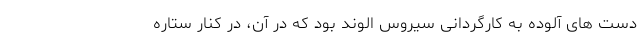
دست های آلوده به کارگردانی سیروس الوند بود که در آن، در کنار ستاره